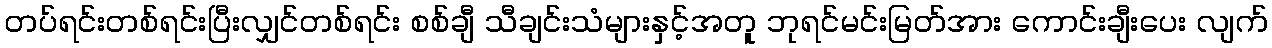
တပ်ရင်းတစ်ရင်းပြီးလျှင်တစ်ရင်း စစ်ချီ သီချင်းသံများနှင့်အတူ ဘုရင်မင်းမြတ်အား ကောင်းချီးပေး လျက်